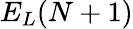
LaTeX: E_{L}(N+1)